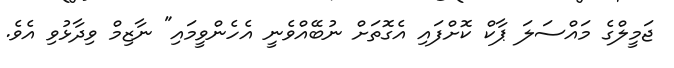
ޖަމީލްގެ މައްސަލަ ޕާކް ކޮށްފައި އެގޮތަށް ނުބޭއްވެނީ އެހެންވީމައި" ނާޒިމް ވިދާޅުވި އެވެ.